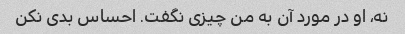
نه، او در مورد آن به من چیزی نگفت. احساس بدی نکن